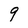
Character: 9